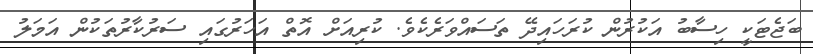
ބަޖެޓަކީ ހިސާބު އަކުރުން ކުރަހައިދޭ ތަސައްވަރެކެވެ. ކުރިއަށް އޮތް އަހަރުގައި ސަރުކާރުތަކުން އަމަލު